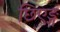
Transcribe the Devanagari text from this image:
छिएङ्ग